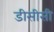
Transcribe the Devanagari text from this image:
डीसीसी